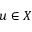
u \in X